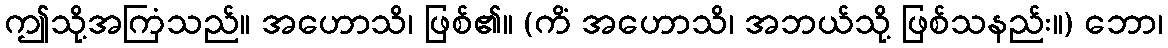
ဤသို့အကြံသည်။ အဟောသိ၊ ဖြစ်၏။ (ကိံ အဟောသိ၊ အဘယ်သို့ ဖြစ်သနည်း။) ဘော၊